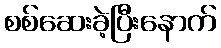
စစ်ဆေးခဲ့ပြီးနောက်